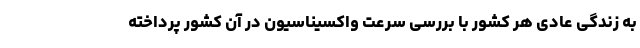
به زندگی عادی هر کشور با بررسی سرعت واکسیناسیون در آن کشور پرداخته